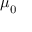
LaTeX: { \boldsymbol { \mu } } _ { 0 }